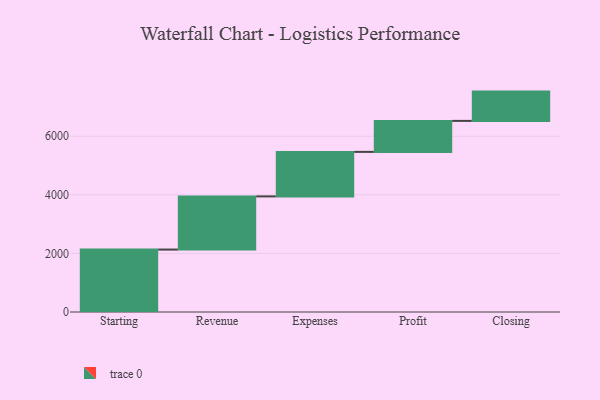
{"axis": {"x": "Step", "y": "Value"}, "legend": [""], "data": [{"x": "Starting", "y": 2132.0, "type": ""}, {"x": "Revenue", "y": 1815.0, "type": ""}, {"x": "Expenses", "y": 1520.0, "type": ""}, {"x": "Profit", "y": 1058.0, "type": ""}, {"x": "Closing", "y": 1000, "type": ""}]}